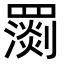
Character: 𦌧